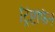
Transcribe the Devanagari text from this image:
ट्रिप्टोफैन